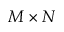
M \times N